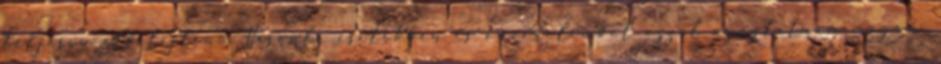
teljesen elfelejteni. Hasonló esetekben és önvédelemből azzal nyugtatnám magam,